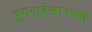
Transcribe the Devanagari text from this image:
चुगताईखानच्या